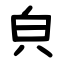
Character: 㒵